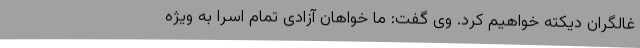
غالگران دیکته خواهیم کرد. وی گفت: ما خواهان آزادی تمام اسرا به ویژه